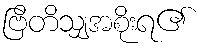
ဗြိတိသျှအစိုးရ၏